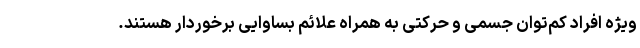
ویژه افراد کم‌توان جسمی و حرکتی به همراه علائم بساوایی برخوردار هستند.